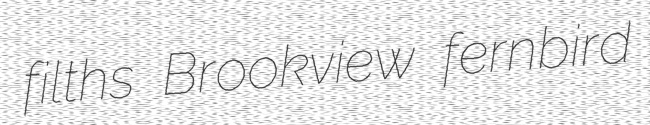
filths Brookview fernbird